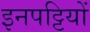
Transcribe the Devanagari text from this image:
इनपट्टियों